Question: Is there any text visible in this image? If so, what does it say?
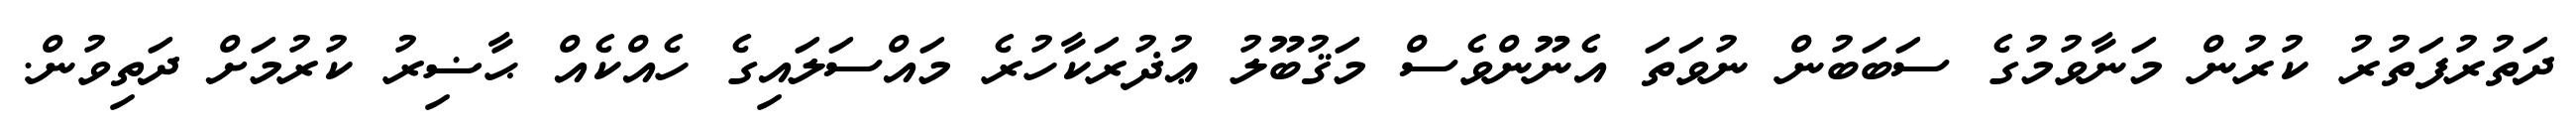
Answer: ދަތުރުފަތުރު ކުރުން މަނާވުމުގެ ސަބަބުން ނުވަތަ އެނޫންވެސް މަޤުބޫލު ޢުޛުރަކާހުރެ މައްސަލައިގެ ހެއްކެއް ޙާޟިރު ކުރުމަށް ދަތިވުން.